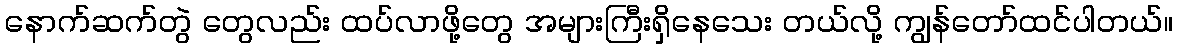
နောက်ဆက်တွဲ တွေလည်း ထပ်လာဖို့တွေ အများကြီးရှိနေသေး တယ်လို့ ကျွန်တော်ထင်ပါတယ်။